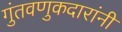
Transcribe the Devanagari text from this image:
गुंतवणुकदारांनी